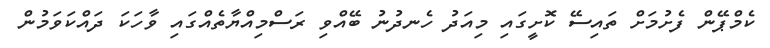
ކެމްޕޭން ފެށުމަށް ތައިސޭ ކޮށީގައި މިއަދު ހެނދުނު ބޭއްވި ރަސްމިއްޔާތެއްގައި ވާހަކަ ދައްކަވަމުން